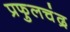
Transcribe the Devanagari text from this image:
प्रफुलचंद्र